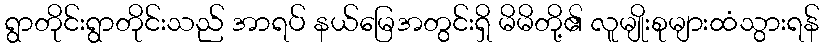
ရွာတိုင်းရွာတိုင်းသည် အာရပ် နယ်မြေအတွင်းရှိ မိမိတို့၏ လူမျိုးစုများထံသွားရန်